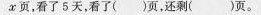
x页，看了5天，看了( )页，还剩( )页。